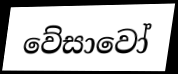
වේසාවෝ